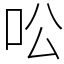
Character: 㕬